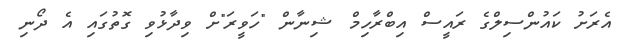
އެރަށު ކައުންސިލްގެ ރައީސް އިބްރާހިމް ޝިނާން "ހަވީރަ"ށް ވިދާޅުވި ގޮތުގައި އެ ދޯނި